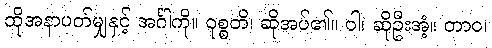
ထိုအနာပတ်မျှနှင့် အင်္ဂါကို။ ဝုစ္စတိ၊ ဆိုအပ်၏။ ဝါ၊ ဆိုဦးအံ့။ တာဝ၊